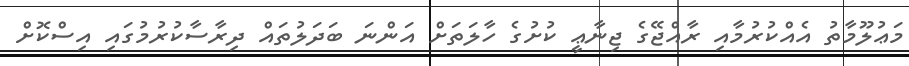
މަޢުލޫމާތު އެއްކުރުމާއި ރާއްޖޭގެ ޖިނާޢީ ކުށުގެ ހާލަތަށް އަންނަ ބަދަލުތައް ދިރާސާކުރުމުގައި އިސްކޮށް